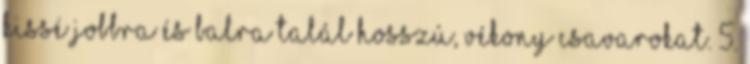
kissé jobbra és balra talál hosszú, vékony csavarokat. 5.